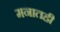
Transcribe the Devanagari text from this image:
मनातही